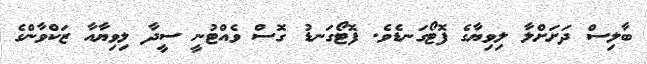
ބާލިސް ދަށަށްލާ ލިވިޔާގެ ފޮޓޯގަނޑެވެ. ފޮޓޯގަނޑު ގޮސް ވެއްޓުނީ ސީދާ ލިވިޔާއާ ޒަކްވާންގެ